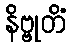
နိဗ္ဗုတိံ